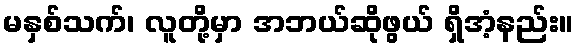
မနှစ်သက်၊ လူတို့မှာ အဘယ်ဆိုဖွယ် ရှိအံ့နည်း။